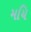
મયિ